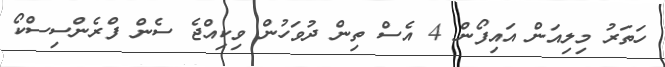
ހަތަރު މިލިއަން އައިފޯން 4 އެސް ތިން ދުވަހުން ވިކިއްޖެ ސެން ފްރެންސިސްކޯ